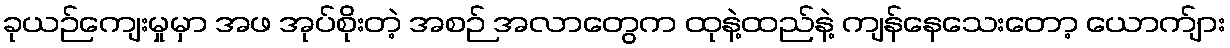
ခုယဉ်ကျေးမှုမှာ အဖ အုပ်စိုးတဲ့ အစဉ် အလာတွေက ထုနဲ့ထည်နဲ့ ကျန်နေသေးတော့ ယောက်ျား